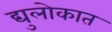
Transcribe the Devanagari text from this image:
द्युलोकात